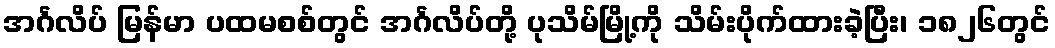
အင်္ဂလိပ် မြန်မာ ပထမစစ်တွင် အင်္ဂလိပ်တို့ ပုသိမ်မြို့ကို သိမ်းပိုက်ထားခဲ့ပြီး၊ ၁၈၂၆တွင်